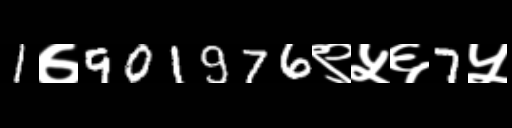
Text: 1७901976९५६7५